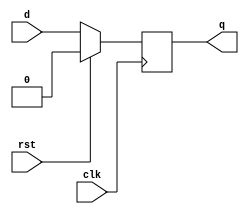
`timescale 1ns / 1ps
//////////////////////////////////////////////////////////////////////////////////
// Company: 
// Engineer: 
// 
// Design Name: 
// Module Name:    Flip_Flop_D 
// Project Name: 
// Target Devices: 
// Tool versions: 
// Description: 
//
// Dependencies: 
//
// Revision: 
// Revision 0.01 - File Created
// Additional Comments: 
//
//////////////////////////////////////////////////////////////////////////////////
module Flip_Flop_D20(
    input clk,
    input d,
    input rst,
    output reg q
    );

	 always @(posedge clk)
	 if (rst) 
	 q <= 0;
	 else
	 q <= d;
    
endmodule